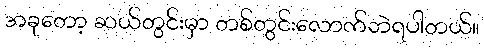
အခုတော့ ဆယ်တွင်းမှာ တစ်တွင်းလောက်ဘဲရပါတယ်။